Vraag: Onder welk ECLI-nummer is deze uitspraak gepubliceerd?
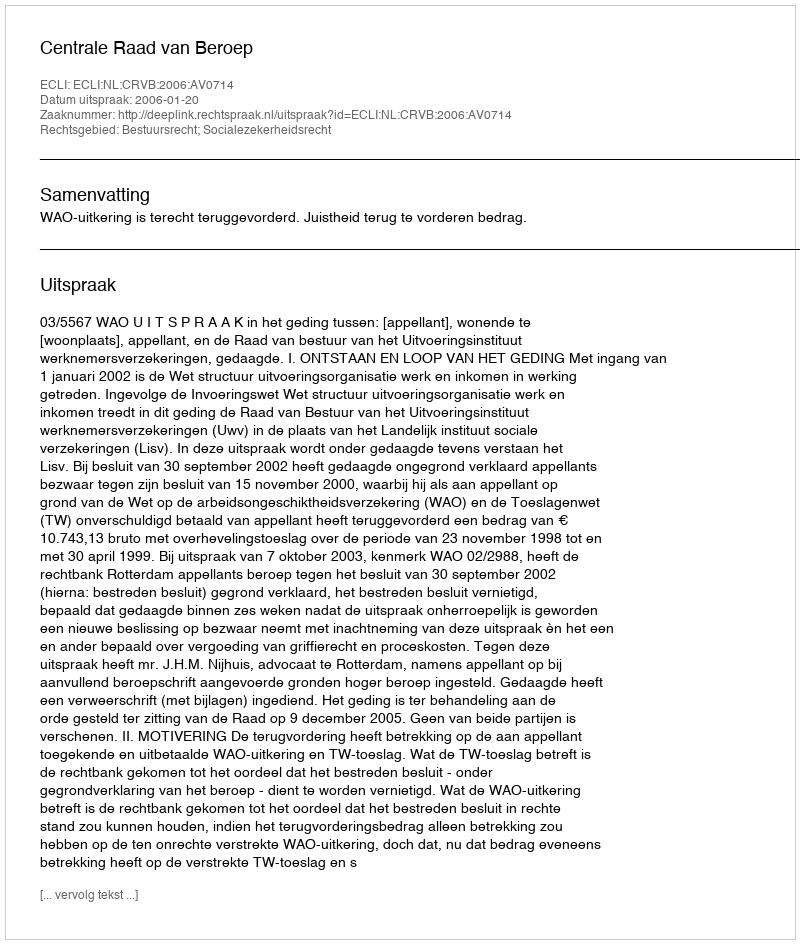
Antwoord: ECLI:NL:CRVB:2006:AV0714